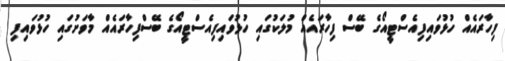
ފިހާރައެއް ހުޅުވައިފިއެސްޓީއޯގެ ބޭސް ފިހާރައެއް މުލަކުގައި ހުޅުވައިފިއެސްޓީއޯގެ ބޭސްފިހާރައެއް މާވަށުގައި ހުޅުވައިފި